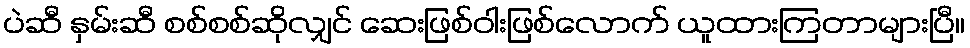
ပဲဆီ နှမ်းဆီ စစ်စစ်ဆိုလျှင် ဆေးဖြစ်ဝါးဖြစ်လောက် ယူထားကြတာများပြီ။